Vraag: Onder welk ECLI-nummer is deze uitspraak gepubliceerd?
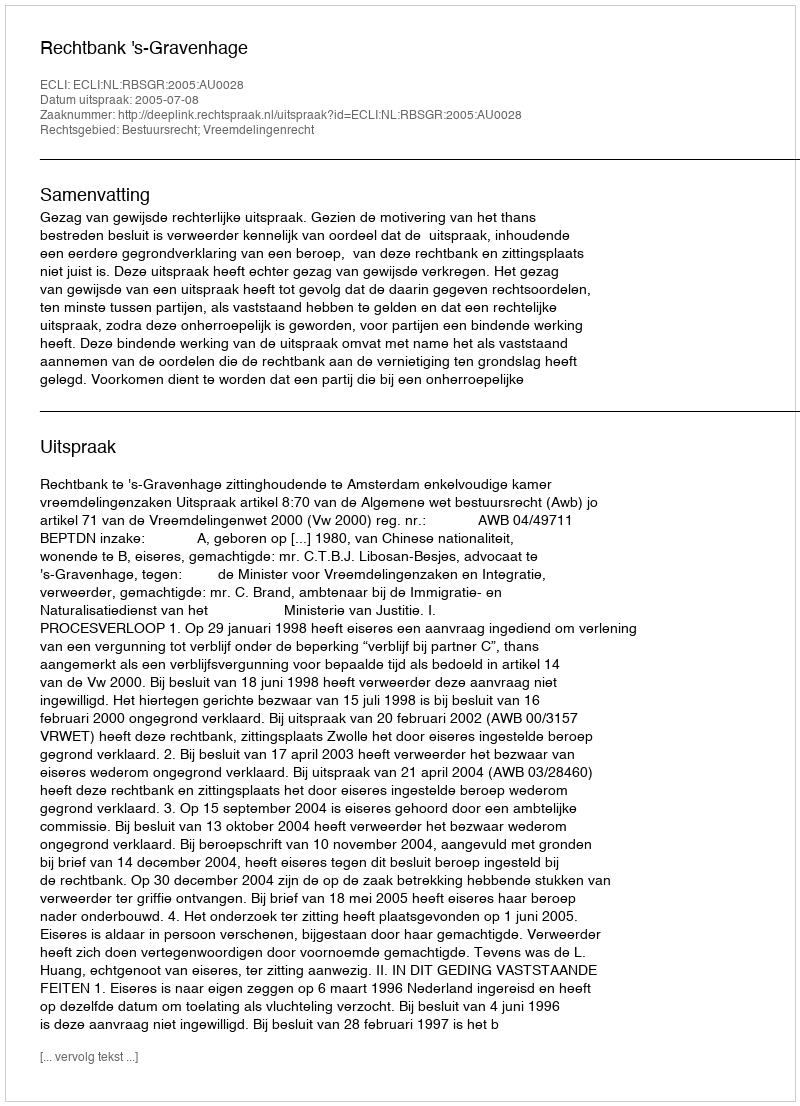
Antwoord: ECLI:NL:RBSGR:2005:AU0028